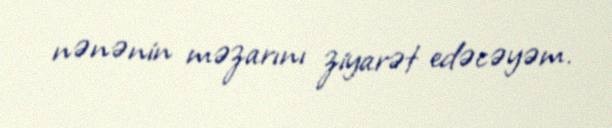
nənənin məzarını ziyarət edəcəyəm.